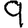
Digit: 9